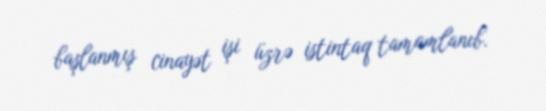
başlanmış cinayət işi üzrə istintaq tamamlanıb.